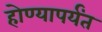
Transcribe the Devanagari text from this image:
होण्यापर्यंत